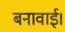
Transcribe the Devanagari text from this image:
बनावाई।